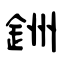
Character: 銂